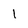
Character: I